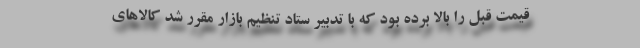
قیمت قبل را بالا برده بود که با تدبیر ستاد تنظیم بازار مقرر شد کالاهای